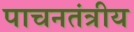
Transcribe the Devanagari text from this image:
पाचनतंत्रीय